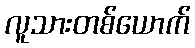
လူသားတစ်ယောက်